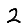
Digit: 2